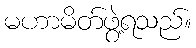
မဟာမိတ်ဖွဲ့ရသည်။